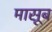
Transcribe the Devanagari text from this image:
मासूब